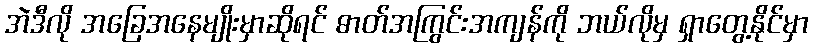
အဲဒီလို အခြေအနေမျိုးမှာဆိုရင် ဓာတ်အကြွင်းအကျန်ကို ဘယ်လိုမှ ရှာတွေ့နိုင်မှာ